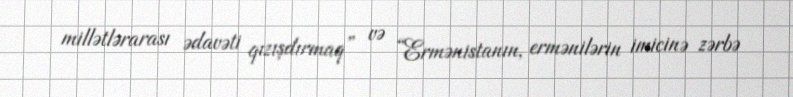
millətlərarası ədavəti qızışdırmaq” və “Ermənistanın, ermənilərin imicinə zərbə